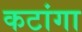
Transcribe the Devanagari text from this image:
कटांगा